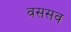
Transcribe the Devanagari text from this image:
वससव